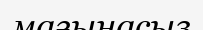
мағынасыз